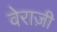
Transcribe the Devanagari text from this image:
वेराज़ी